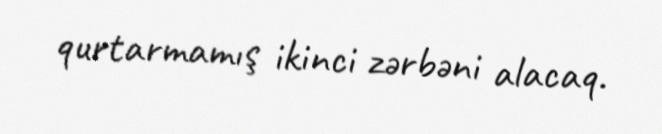
qurtarmamış ikinci zərbəni alacaq.